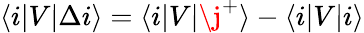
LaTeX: \langle i\lvert V\lvert\Delta i\rangle=\langle i\lvert V\lvert\j^{+}\rangle-\langle i\lvert V\lvert i\rangle